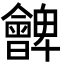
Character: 朇